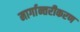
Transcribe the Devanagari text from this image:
मार्गान्तरीकरण